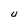
Character: U